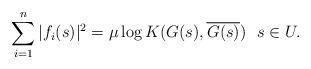
LaTeX: \begin{align*}\sum_{i=1}^n |f_i(s)|^2 = \mu \log K(G(s),\overline{G(s)}) ~~s \in U.\end{align*}